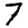
Digit: 7